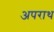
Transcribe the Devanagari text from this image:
अपराथ